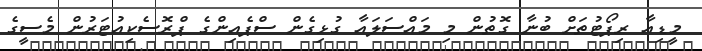
މީޑިއާ ރިޕޯޓުތަށް ބުނާ ގޮތުން މި މައްސަލައާ ގުޅިގެން ސްޕެއިންގެ ޕްރޮސެކިއުޓަރުން މެސީގެ